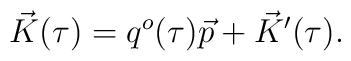
\vec{K}(\tau)=q^o(\tau)\vec{p}+\vec{K}'(\tau).